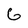
Character: G